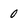
Character: 0